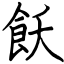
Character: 飫